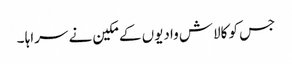
جس کو کالاش وادیوں کے مکین نے سراہا ۔